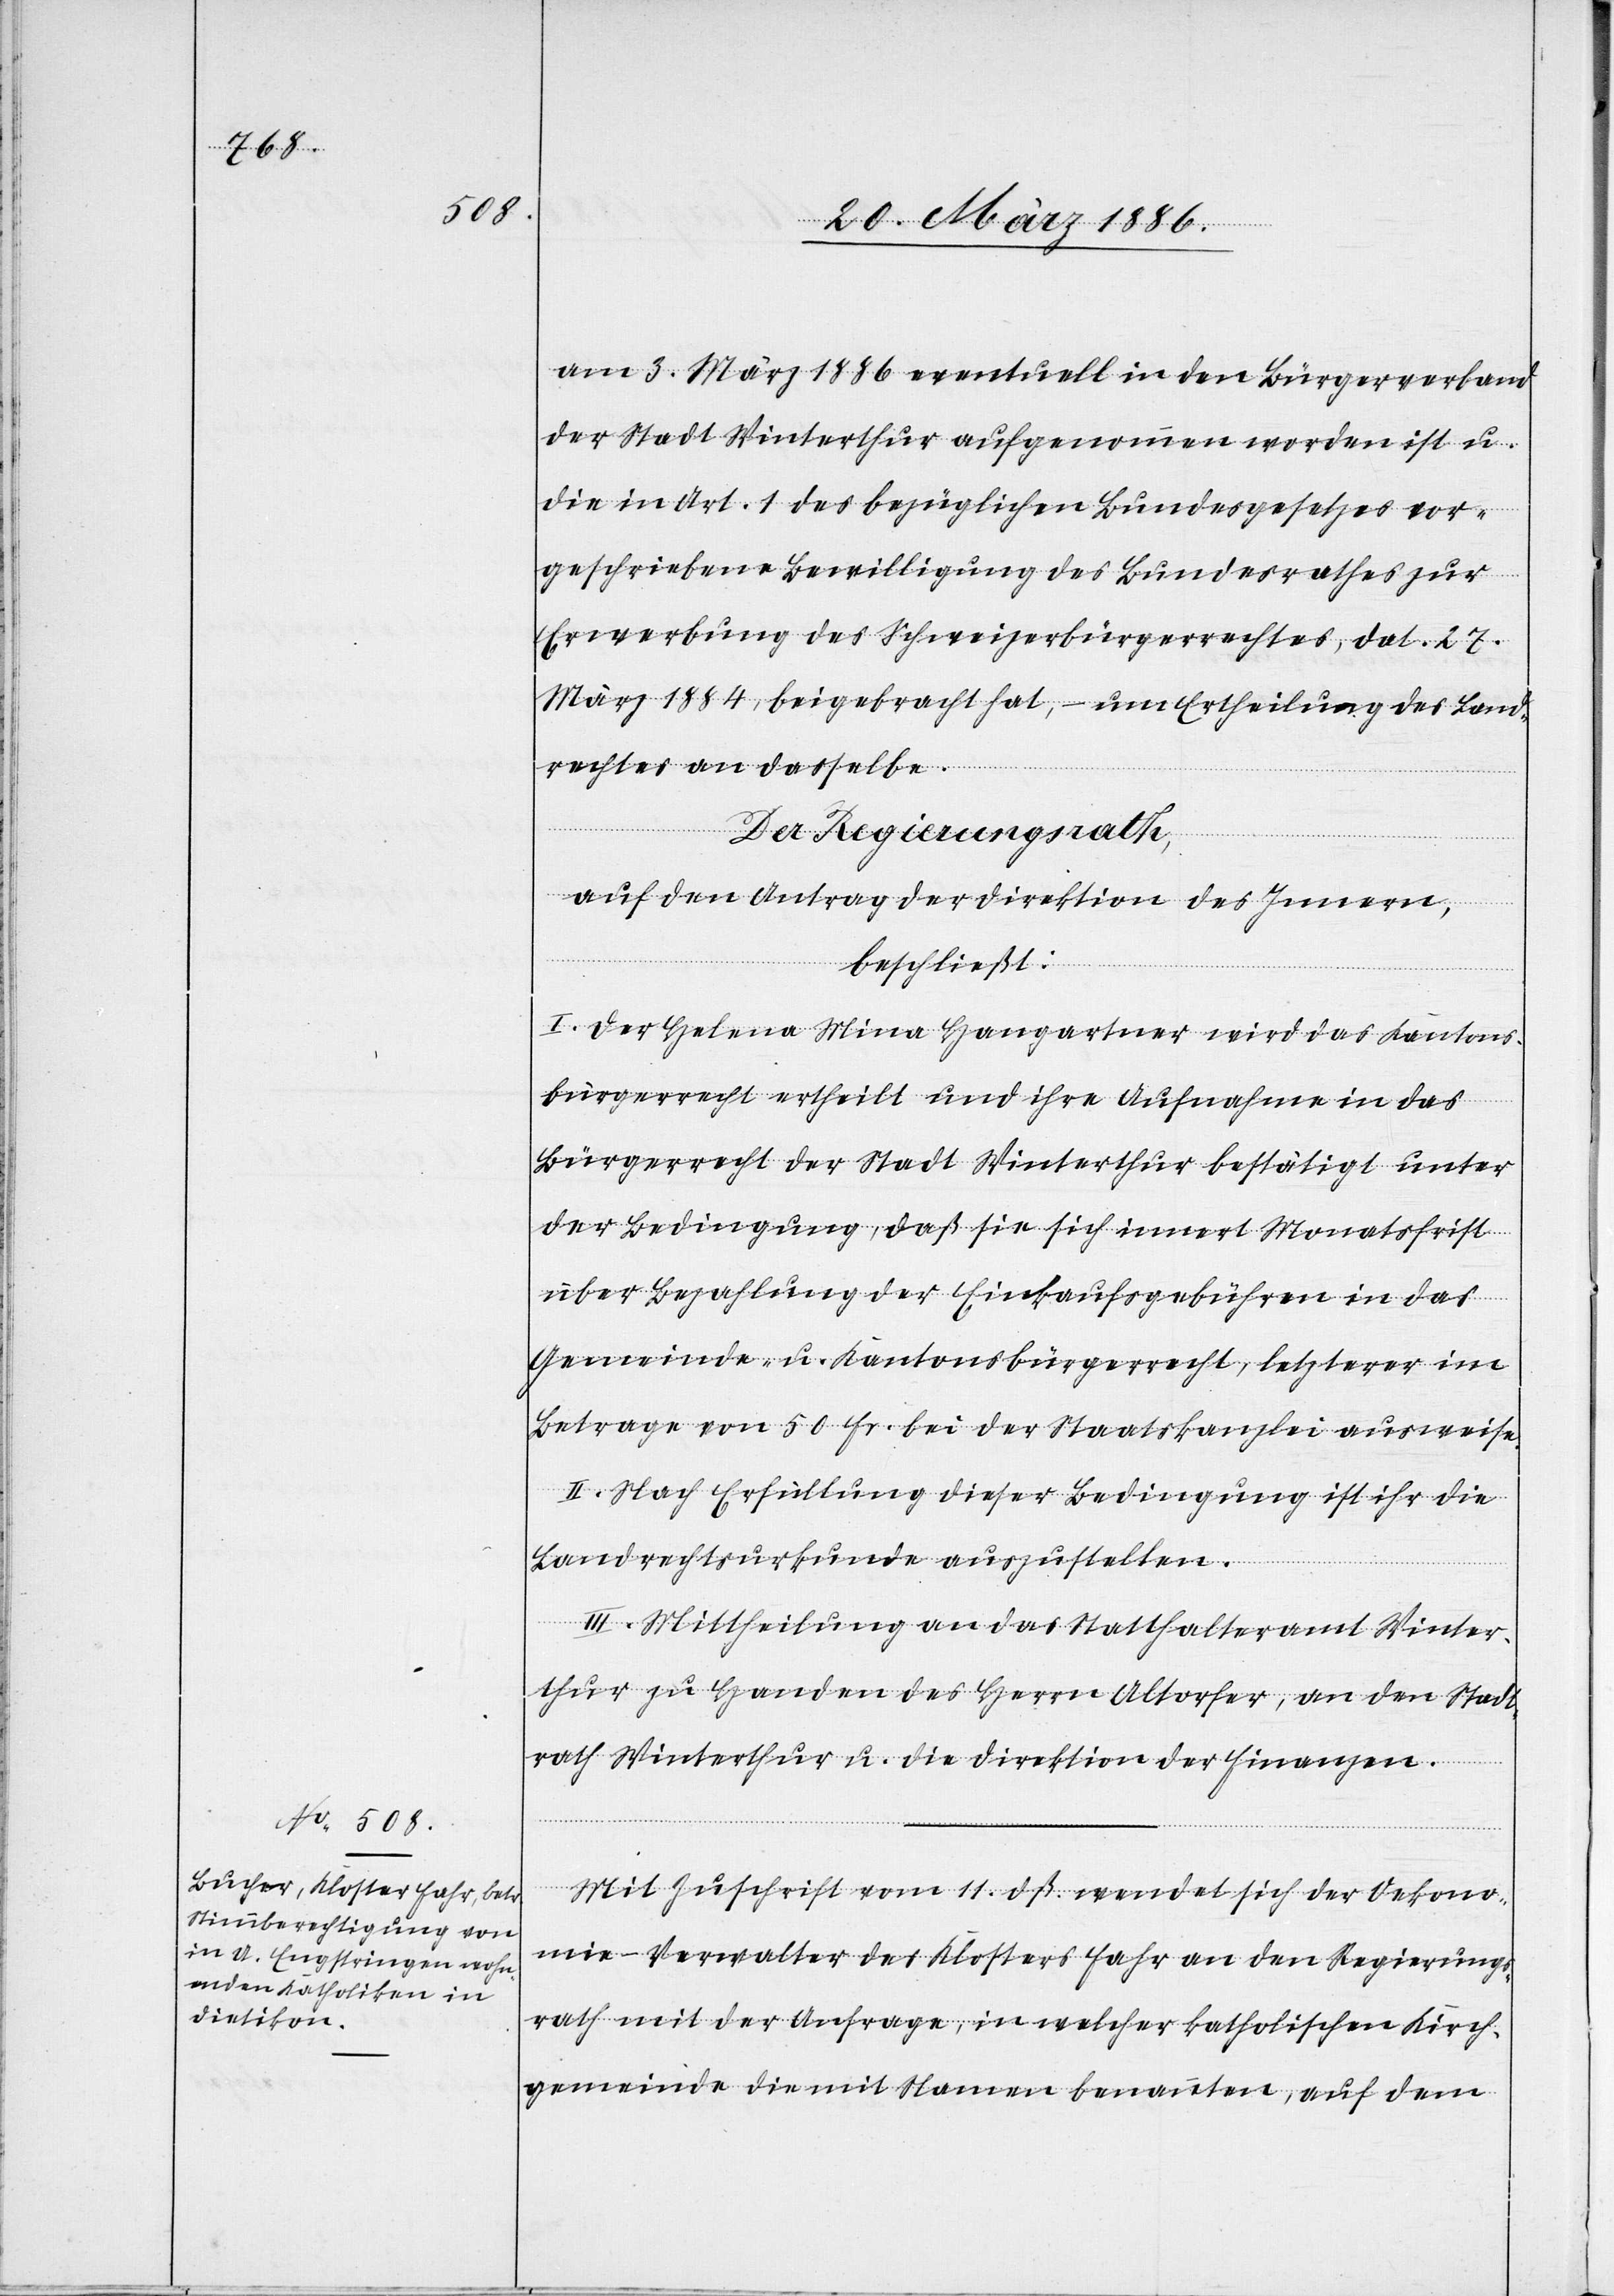
am 3. März 1886 eventuell in den Bürgerverband
er Stadt Winterthur aufgenommen worden ist u.
die in Art. 1 des bezüglichen Bundesgesetzes vor¬
geschriebene Bewilligung des Bundesrathes zur
Erwerbung des Schweizerbürgerrechtes, dat. 27.
März 1884, beigebracht hat, – um Ertheilung des Land¬
rechtes an dasselbe.
Der Regierungsrath,
auf den Antrag der Direktion des Innern,
beschließt:
I. Der Helena Mina Hangartner wird das Kantons¬
bürgerrecht ertheilt und ihre Aufnahme in das
Bürgerrecht der Stadt Winterthur bestätigt unter
der Bedingung, daß sie sich innert Monatsfrist
en¬
über Bezahlung der Einkaufsgebühren in das
Gemeinde- u. Kantonsbürgerrecht, letzterer im
Betrage von 50 Fr. bei der Staatskanzlei ausweise.
II. Nach Erfüllung dieser Bedingung ist ihr die
Landrechtsurkunde auszustellen.
III. Mittheilung an das Statthalteramt Winter¬
thur zu Handen des Herrn Altorfer, an den Stadt¬
rath Winterthur u. die Direktion der Finanzen.
Mit Zuschrift vom 11. dß. wendet sich der Oekono¬
mie-Verwalter des Klosters Fahr an den Regierungs¬
rath mit der Anfrage, in welcher katholischen Kirch¬
gemeinde die mit Namen benannten, auf dem